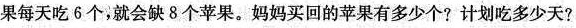
果每天吃6个，就会缺8个苹果。妈妈买回的苹果有多少个?计划吃多少天?